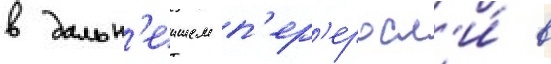
в дальн'еишем п'ер'еросл'и́ в